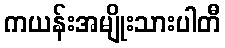
ကယန်းအမျိုးသားပါတီ